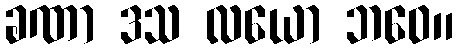
ခဏာ ဒသ လယော ဘဝေ။